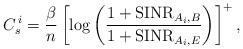
LaTeX: \begin{align*}C_s^{\,i} =\frac{\beta}{n}\left[\log\left(\frac{1+\mathrm{SINR}_{A_i,B}}{1+\mathrm{SINR}_{A_i,E}}\right)\right]^+,\end{align*}